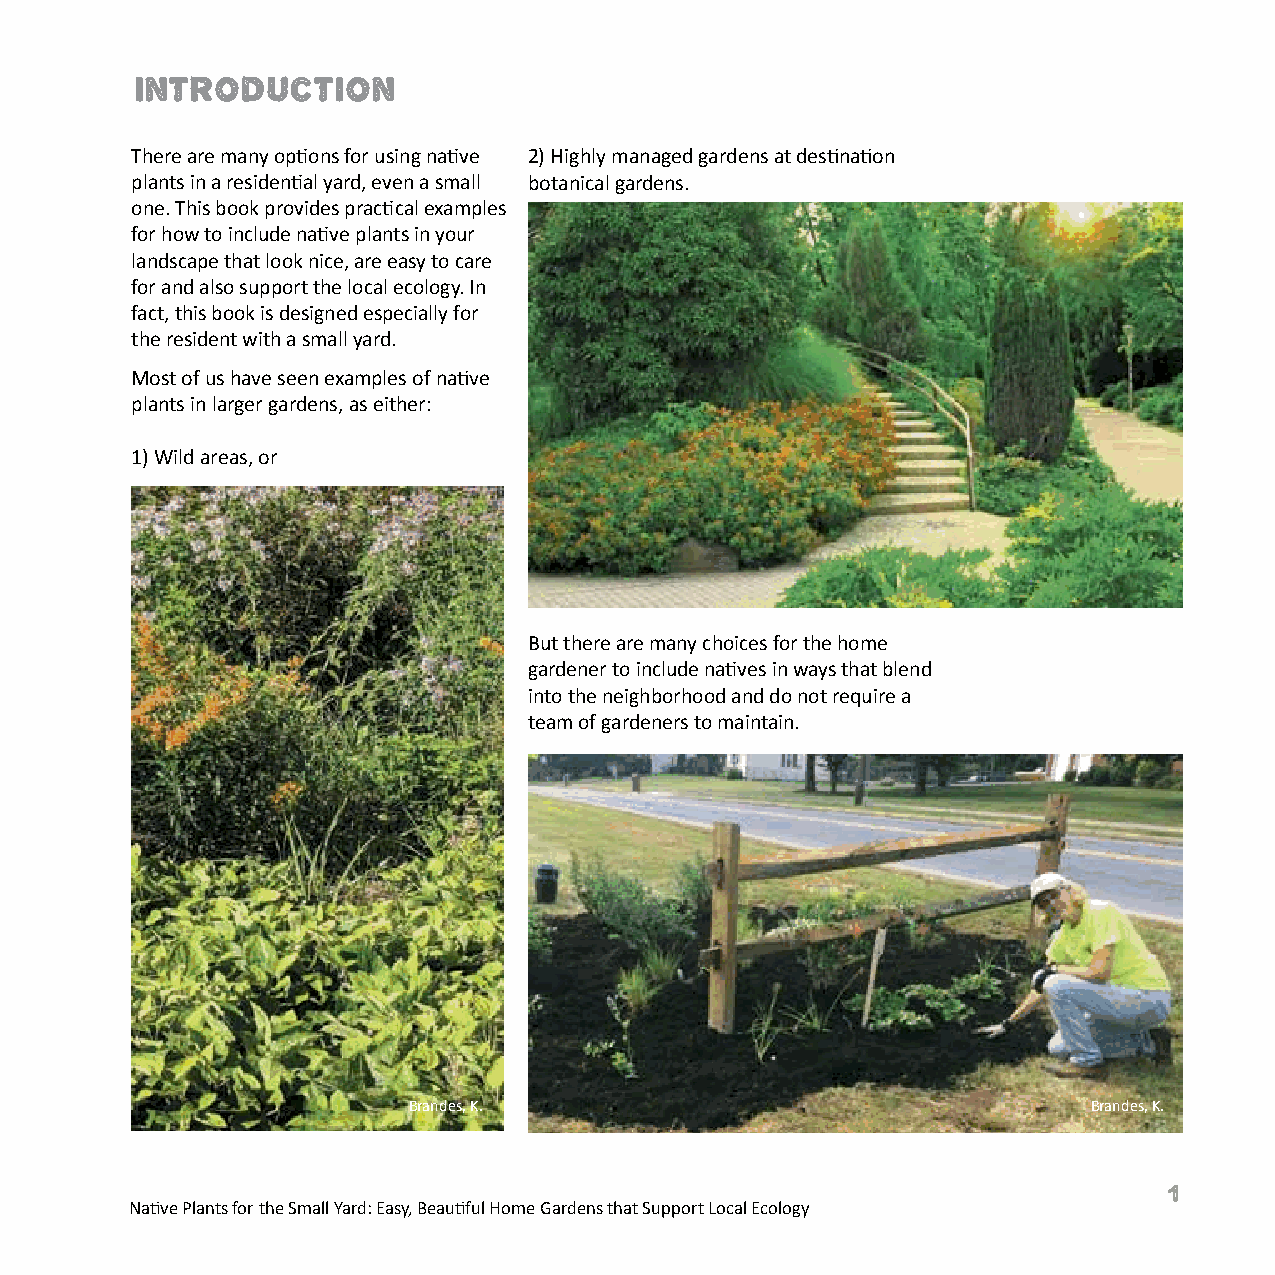
Introduction
 There are many options for using native 2) Highly managed gardens at destination
 plants in a residential yard, even a small botanical gardens.
 one. This book provides practical examples
 for how to include native plants in your
 landscape that look nice, are easy to care
 for and also support the local ecology. In
 fact, this book is designed especially for
 the resident with a small yard.
 Most of us have seen examples of native
 plants in larger gardens, as either:
 1) Wild areas, or
 But there are many choices for the home
 gardener to include natives in ways that blend
 into the neighborhood and do not require a
 team of gardeners to maintain.
 Brandes, K.                                  Brandes, K.
 1
 Native Plants for the Small Yard: Easy, Beautiful Home Gardens that Support Local Ecology